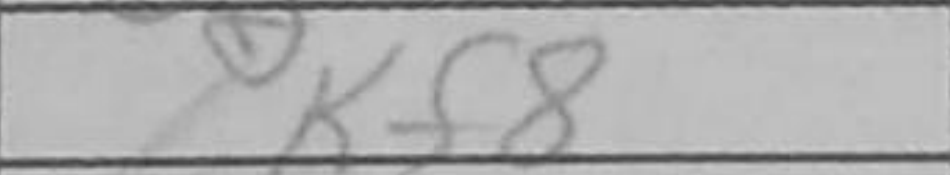
Transcription: Kf8